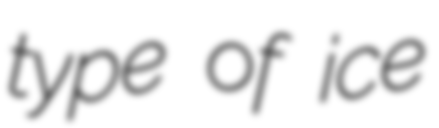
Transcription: type of ice